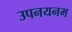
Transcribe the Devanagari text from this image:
उपनयनम